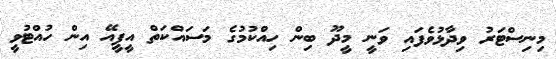
މިނިސްޓަރު ވިދާޅުވެފައި ވަނީ މީދޫ ބިން ހިއްކުމުގެ މަސައްކަތް އީޕީއޭ އިން ހުއްޓުވީ